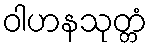
ဝါဟနသုတ္တံ